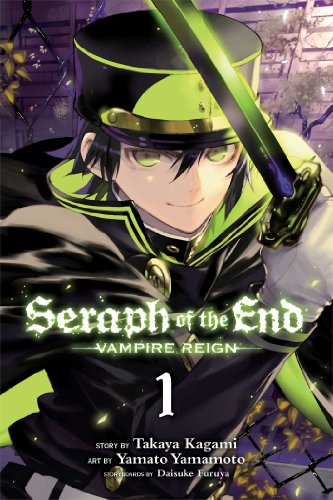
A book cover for Seraph of the End, Vol. 1: Vampire Reign; Takaya Kagami; Comics & Graphic Novels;